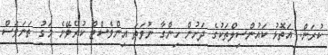
ކުރަން. އަތޮޅު ކައުންސިލްތަކުގެ ދަށުން ހިންގާ ނުވަތަ އިންވެސްޓް ކުރެވޭނެ މަގު ތަނަވަސް